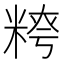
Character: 𥺭